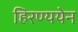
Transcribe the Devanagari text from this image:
हिरण्ययेन